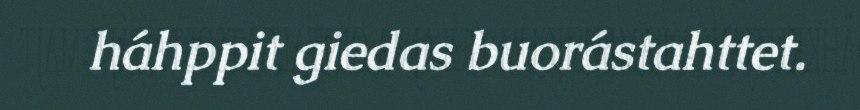
háhppit giedas buorástahttet.